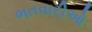
ભતવારીઓ